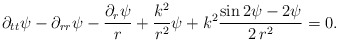
\begin{align*}\partial_{tt}\psi-\partial_{rr}\psi-\frac{\partial_r\psi}{r}+\frac{k^2}{r^2}\psi+k^2\frac{\sin{2\psi}-2\psi}{2\,r^2}=0.\end{align*}